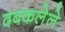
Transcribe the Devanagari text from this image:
दबकलेले